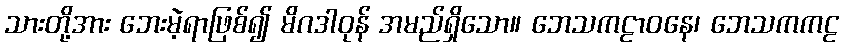
သားတို့အား ဘေးမဲ့ရာဖြစ်၍ မိဂဒါဝုန် အမည်ရှိသော။ ဘေသကဠာဝနေ၊ ဘေသကကဠ